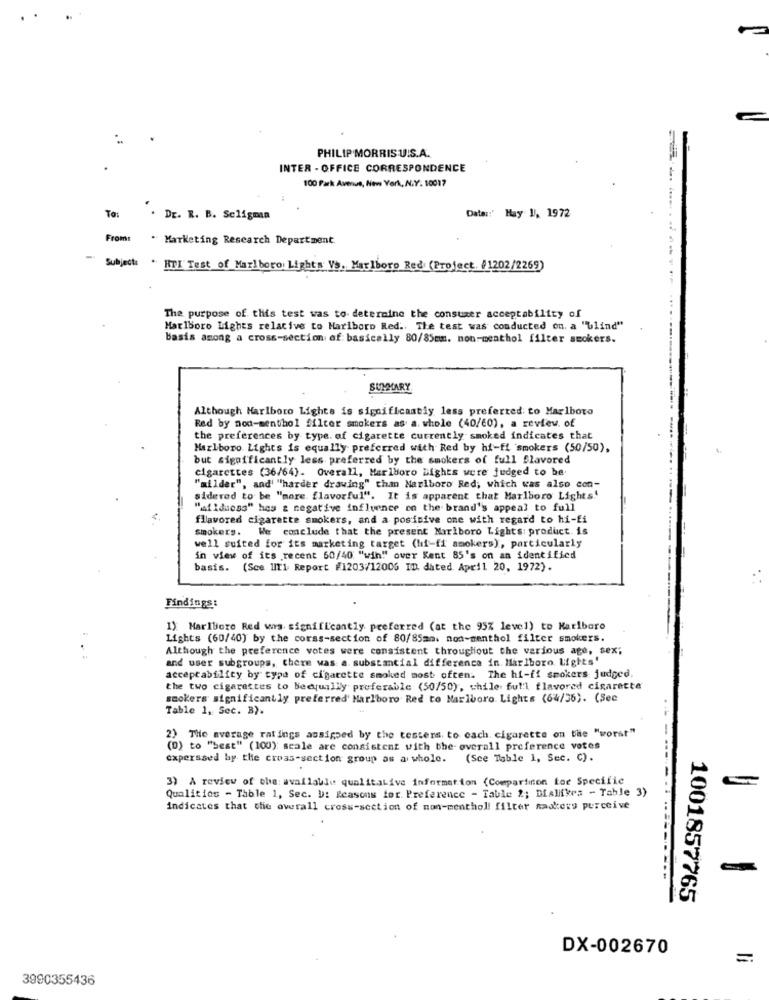
PHILIP MORRIS UIS.A.
INTER - OFFICE CORRESPONDENCE
100 Park Avenue, New York, N.Y. 10017
To:
Data :: ' Hay 1, 1972
Dr. R. B. Seligman
Fromt
. Marketing Research Department
-
Subject: " HTI Test of Marlboro Lights Vs. Marlboro Red (Project. /1202/2269)
The purpose of this test was to determine the consumer acceptability of
Marlboro Lights relative to Marlboro Red .. The test was conducted on. a "blind"
basis among a cross-section of: basically 80/85mm. non-menthol filter smokers.
SUMMARY
Although Marlboro Lights is significantly less preferted to Marlboro
Red by nod-menthol filter smokers as a. whole (40/60), a review. of
the preferences by type. of cigarette currently smoked indicates that
Marlboro Lights is equally preferred with Red by hi-fi smokers (50/50),
but significantly less preferred by the smokers of full Slavored
cigarettes (36/64). Overall, Marlboro Lights were judged to be
"allder", and' "harder drawing" than Marlboro Red, which was also con-
sidered to be "more. flavorful". It is apparent that Marlboro Lights'
"allducss" hes & negative influence on the brand's appeal to full
flavored cigarette smokers, and a positive one with regard to hi-fi
smokers. We conclude that the present Marlboro Lights: product. is
well suited for its marketing target (hi-fi smokers), particularly
in view of its recent 60/40 "win"" over Kent 85's on an identified
basis. (See UIT1 Report #1203/12006 ID. dated April 20, 1972).
Findings:
1): Marlboro Red wws. significantly preferred (at the 95% level) to Karlboro
Lights (60/40) by the corss-section of 80/85mm. non-menthol filter smokers.
Although the preference votes were consistent throughout the various age, sex;
and user subgroups, there was a. substantial difference in. Marlboro Lights'
acceptability by type of cigarette smoked most often. The hi-fi smokers judged,
the two cigarettes to Beequally preferable (50/50), chile full flavored cigarette
smokers significantly preferred Marlboro Red to Marlboro Lights (64/36). (Sec
Table 1, Sec. B).
2) The average ratings assigned by the testers. to cach. cigarette on the "worst"
(D) to "best" (100): scale are consistent with the overall preference votes
caperssed by the cross-section group as a whole. (See Table 1, Sec. C).
3) A review of the available qualitative information (Comparison for Specific
Qualitios - Table 1, Sec. D: Reasons for Preference - Table 2; Dislikes - Table 3)
indicates that the overall cross-section of non-menthol! filter Raskere perceive
1001857765
DX-002670
=
3990355436